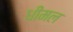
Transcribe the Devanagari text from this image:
धीमल